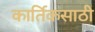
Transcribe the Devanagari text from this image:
कार्तिकसाठी